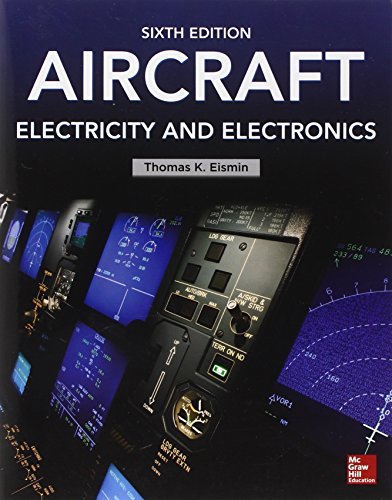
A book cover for Aircraft Electricity and Electronics, Sixth Edition; Thomas Eismin; Engineering & Transportation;